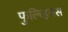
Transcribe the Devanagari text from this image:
फुल्व्हियस